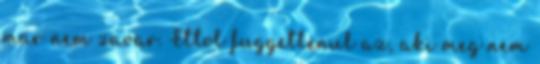
mar nem zavar. Ettol fuggetlenul az, aki meg nem